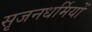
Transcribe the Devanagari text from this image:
सृजनधर्मियों